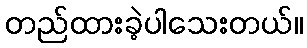
တည်ထားခဲ့ပါသေးတယ်။